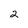
Character: 2